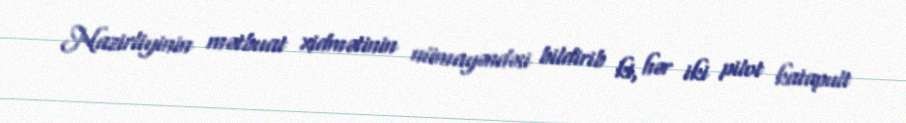
Nazirliyinin mətbuat xidmətinin nümayəndəsi bildirib ki, hər iki pilot katapult